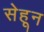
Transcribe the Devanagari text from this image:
सेहून